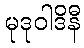
မုဒုဝါဒိနီ